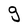
Character: g